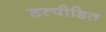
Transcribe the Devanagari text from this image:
डत्पीडित